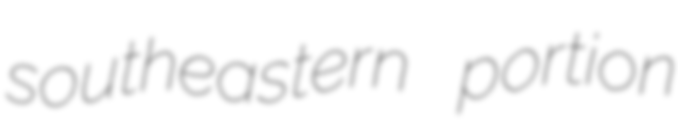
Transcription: southeastern portion